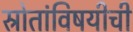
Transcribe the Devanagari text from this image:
स्रोतांविषयीची